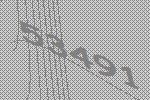
53491